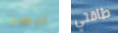
ليست طاقتي